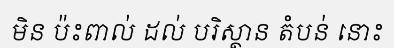
មិន ប៉ះពាល់ ដល់ បរិស្ថាន តំបន់ នោះ